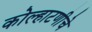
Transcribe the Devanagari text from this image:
कोल्हाटणीचे